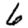
Digit: 6